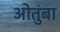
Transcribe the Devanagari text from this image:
ओतुंबा